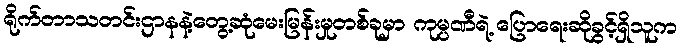
ရိုက်တာသတင်းဌာနနဲ့တွေ့ဆုံမေးမြန်းမှုတစ်ခုမှာ ကုမ္ပဏီရဲ့ ပြောရေးဆိုခွင့်ရှိသူက